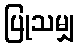
ပြုသမျှ